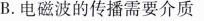
B.电磁波的传播需要介质